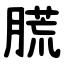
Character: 㬻